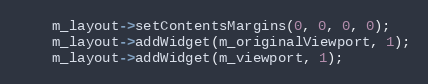
Language: C++
	m_layout->setContentsMargins(0, 0, 0, 0);
	m_layout->addWidget(m_originalViewport, 1);
	m_layout->addWidget(m_viewport, 1);